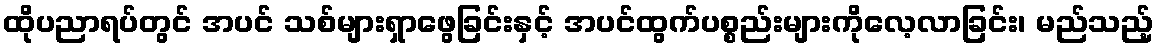
ထိုပညာရပ်တွင် အပင် သစ်များရှာဖွေခြင်းနှင့် အပင်ထွက်ပစ္စည်းများကိုလေ့လာခြင်း၊ မည်သည့်